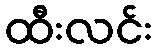
ထီးလင်း